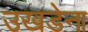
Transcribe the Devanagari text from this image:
उखडेना